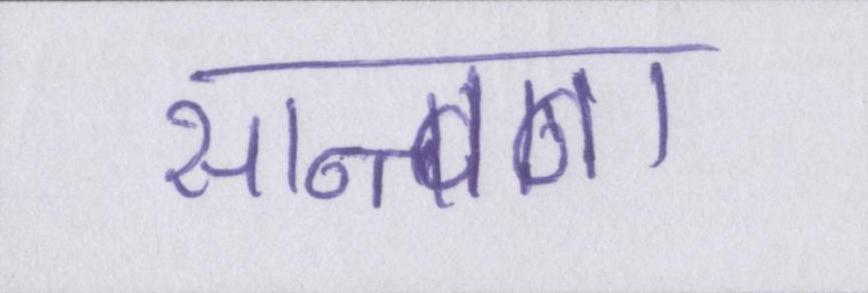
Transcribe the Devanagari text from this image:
सान्त्वना